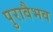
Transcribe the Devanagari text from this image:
पुरावैभव